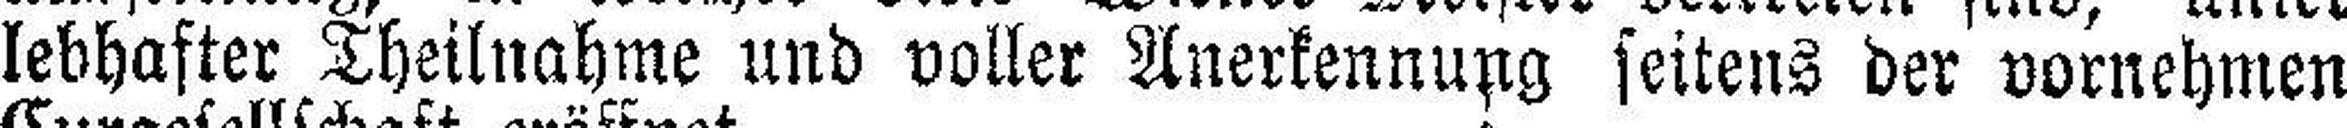
lebhafter Theilnahme und voller Anerkennung seitens der vornehmen